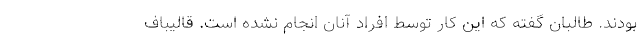
بودند. طالبان گفته که این کار توسط افراد آنان انجام نشده است. قالیباف